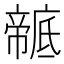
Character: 𢋠